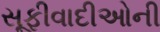
સૂફીવાદીઓની